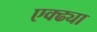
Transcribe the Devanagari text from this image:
एक्ढ्या